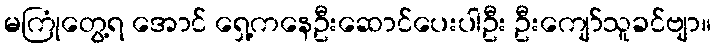
မကြုံတွေ့ရ အောင် ရှေ့ကနေဦးဆောင်ပေးပါဦး ဦးကျော်သူခင်ဗျာ။